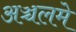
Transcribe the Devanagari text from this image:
अञ्चलमे